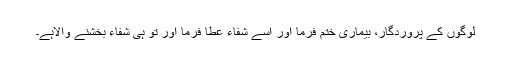
لوگوں کے پروردگار، بیماری ختم فرما اور اسے شفاء عطا فرما اور تو ہی شفاء بخشنے والاہے۔